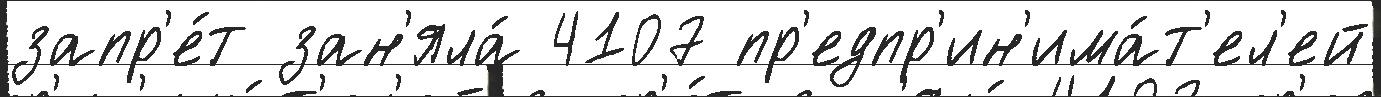
запр'е́т зан'яла́ 4107 пр'едпр'ин'има́т'ел'ей